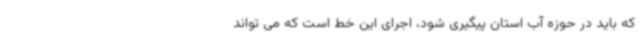
که باید در حوزه آب استان پیگیری شود، اجرای این خط است که می تواند